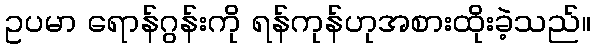
ဥပမာ ရောန်ဂွန်းကို ရန်ကုန်ဟုအစားထိုးခဲ့သည်။